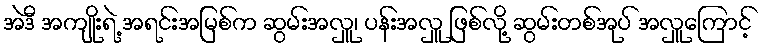
အဲဒီ အကျိုးရဲ့ အရင်းအမြစ်က ဆွမ်းအလှူ၊ ပန်းအလှူ ဖြစ်လို့ ဆွမ်းတစ်အုပ် အလှူကြောင့်